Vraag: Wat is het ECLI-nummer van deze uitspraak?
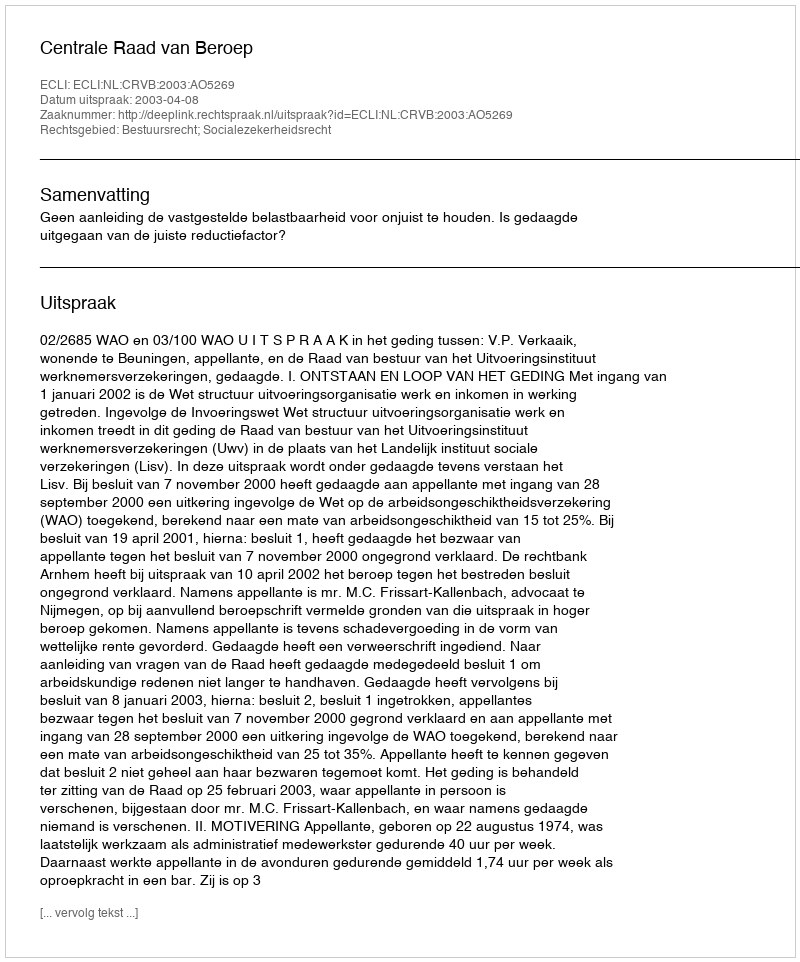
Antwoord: ECLI:NL:CRVB:2003:AO5269